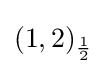
(1,2)_{\frac {1}{2}}